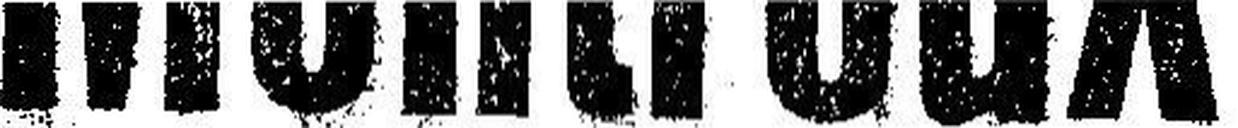
Montreux